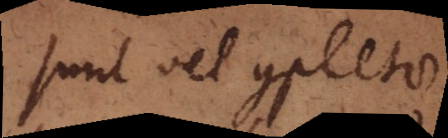
sunt vel completae